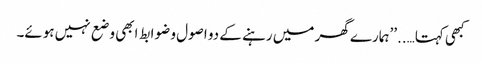
کبھی کہتا…..’’ہمارے گھر میں رہنے کے دو اصول و ضوابط ابھی وضع نہیں ہوئے۔